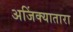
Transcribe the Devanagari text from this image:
अजिंक्यातारा